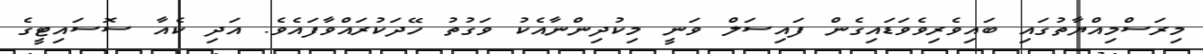
މިރަސްމިއްޔާތުގައި ބައިވެރިވެވަޑައިގެން ފައިސަލް ވަނީ މިކުދިންނާއެކު ވަގުތު ހޭދަކުރައްވާފައެވެ. އަދި ކެއާ ސޮސައިޓީގެ